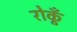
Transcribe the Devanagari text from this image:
रोकूँ